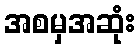
အစမှအဆုံး